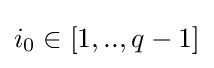
i_{0}\in [1,..,q-1]